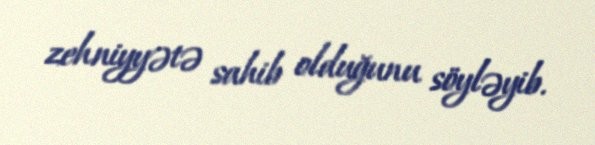
zehniyyətə sahib olduğunu söyləyib.